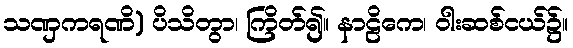
သဏှကရဏိ) ပိသိတွာ၊ ကြိတ်၍။ နာဠိကေ၊ ဝါးဆစ်ငယ်၌။